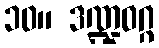
၁၀။ ဒဏ္ဍဝဂ္ဂ